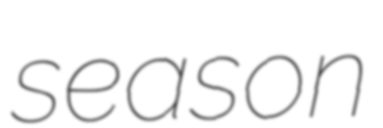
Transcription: season